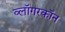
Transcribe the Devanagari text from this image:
व्लॉगरकॉन